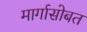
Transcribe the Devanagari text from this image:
मार्गासोबत